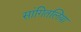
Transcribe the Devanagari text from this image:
सांगितलिया